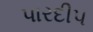
પારદીપ